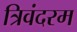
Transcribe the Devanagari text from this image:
त्रिवंदरम